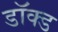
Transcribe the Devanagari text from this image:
डॉक्ड